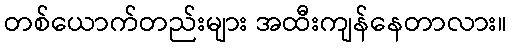
တစ်ယောက်တည်းများ အထီးကျန်နေတာလား။